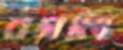
বগলি